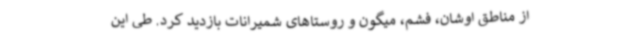
از مناطق اوشان، فشم، میگون و روستاهای شمیرانات بازدید کرد. طی این